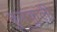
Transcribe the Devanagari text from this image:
कुरकुली